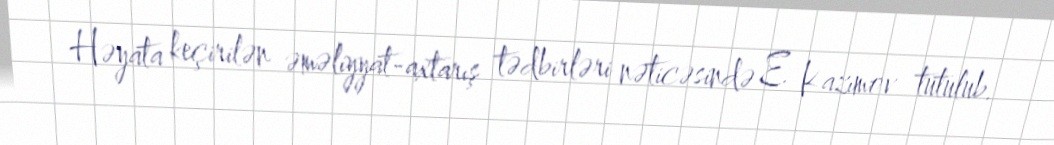
Həyata keçirilən əməliyyat-axtarış tədbirləri nəticəsində E. Kazımov tutulub.